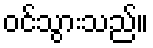
ဝင်သွားသည်။